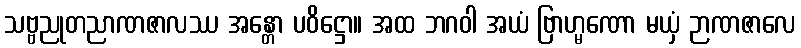
သဗ္ဗညုတညာဏဇာလဿ အန္တော ပဝိဋ္ဌော။ အထ ဘဂဝါ အယံ ဗြာဟ္မဏော မယှံ ဉာဏဇာလေ